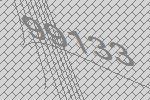
99133